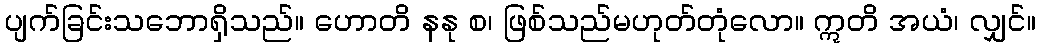
ပျက်ခြင်းသဘောရှိသည်။ ဟောတိ နနု စ၊ ဖြစ်သည်မဟုတ်တုံလော။ ဣတိ အယံ၊ လျှင်။